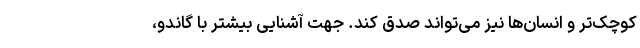
کوچک‌تر و انسان‌ها نیز می‌تواند صدق کند. جهت آشنایی بیشتر با گاندو،